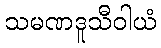
သမဏဒူသီဝါယံ